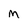
Character: M